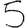
Digit: 5